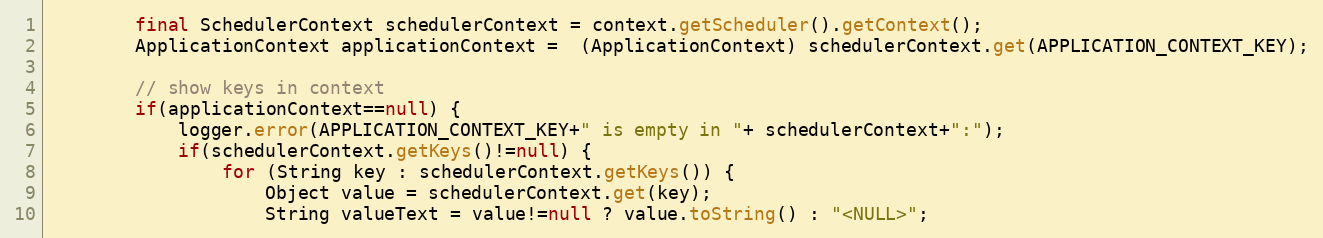
Language: Java
        final SchedulerContext schedulerContext = context.getScheduler().getContext();
        ApplicationContext applicationContext =  (ApplicationContext) schedulerContext.get(APPLICATION_CONTEXT_KEY);

        // show keys in context
        if(applicationContext==null) {
            logger.error(APPLICATION_CONTEXT_KEY+" is empty in "+ schedulerContext+":");
            if(schedulerContext.getKeys()!=null) {
                for (String key : schedulerContext.getKeys()) {
                    Object value = schedulerContext.get(key);
                    String valueText = value!=null ? value.toString() : "<NULL>";